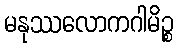
မနုဿလောကဂါမိဉ္စ